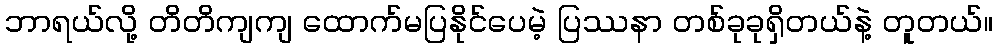
ဘာရယ်လို့ တိတိကျကျ ထောက်မပြနိုင်ပေမဲ့ ပြဿနာ တစ်ခုခုရှိတယ်နဲ့ တူတယ်။